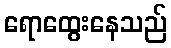
ရောထွေးနေသည်